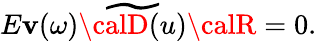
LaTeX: E\mathbf{v}(\omega)\widetilde{{{\calD}(u)}}{\calR}=0.